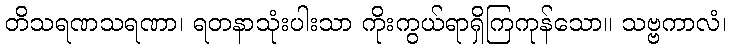
တိသရဏသရဏာ၊ ရတနာသုံးပါးသာ ကိုးကွယ်ရာရှိကြကုန်သော။ သဗ္ဗကာလံ၊